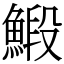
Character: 𩹨